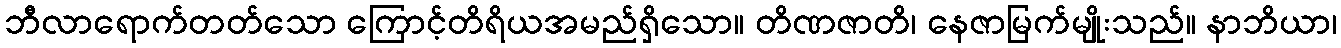
ဘီလာရောက်တတ်သော ကြောင့်တိရိယအမည်ရှိသော။ တိဏဇာတိ၊ နေဇာမြက်မျိုးသည်။ နာဘိယာ၊